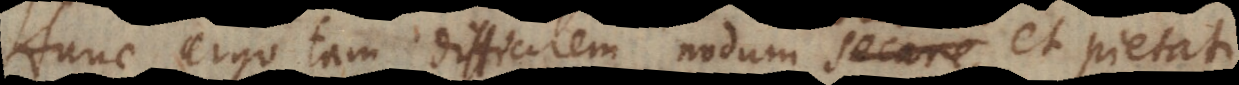
Hunc ergo tam difficilem nodum secare,, et pietati